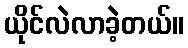
ယိုင်လဲလာခဲ့တယ်။